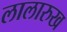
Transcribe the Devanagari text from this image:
लालारुख